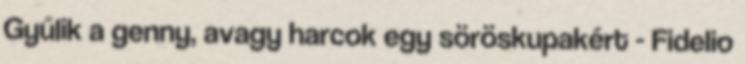
Gyűlik a genny, avagy harcok egy söröskupakért - Fidelio